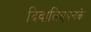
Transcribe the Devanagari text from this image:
दिवालिएपनके